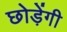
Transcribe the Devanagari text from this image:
छोड़ेंगी